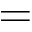
=